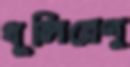
ধূলিরেণু